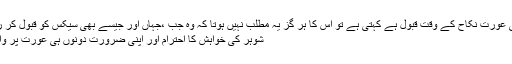
اگر کوئی عورت نکاح کے وقت قبول ہے کہتی ہے تو اس کا ہر گز یہ مطلب نہیں ہوتا کہ وہ جب ،جہاں اور جیسے بھی سیکس کو قبول کر رہی ہے.
شوہر کی خواہش کا احترام اور اپنی ضرورت دونوں ہی عورت پر واجب ہیں۔